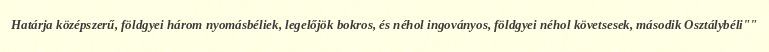
Határja középszerű, földgyei három nyomásbéliek, legelőjök bokros, és néhol ingoványos, földgyei néhol követsesek, második Osztálybéli""